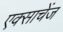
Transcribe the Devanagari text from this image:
एक्साचेंज